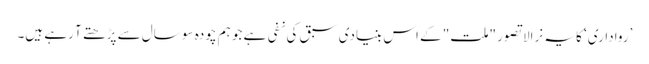
’رواداری‘ کا یہ نرالا تصور "ملت" کے اس بنیادی سبق کی نفی ہے جو ہم چودہ سو سال سے پڑھتے آ رہے ہیں۔